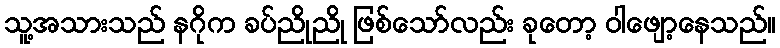
သူ့အသားသည် နဂိုက ခပ်ညိုညို ဖြစ်သော်လည်း ခုတော့ ဝါဖျော့နေသည်။